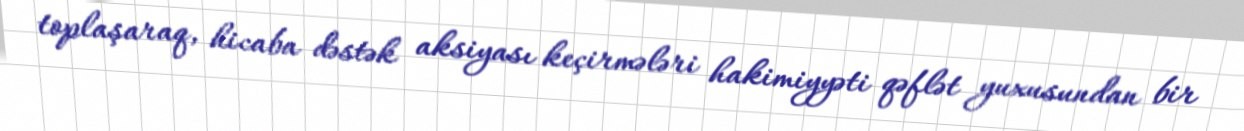
toplaşaraq, hicaba dəstək aksiyası keçirmələri hakimiyyəti qəflət yuxusundan bir